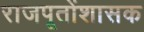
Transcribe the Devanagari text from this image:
राजपूतोंशासक